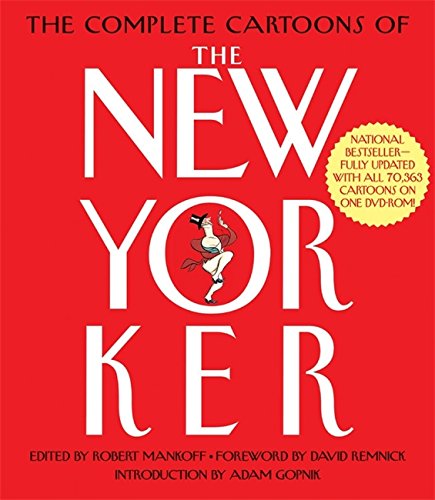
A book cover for Complete Cartoons of the New Yorker; Humor & Entertainment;